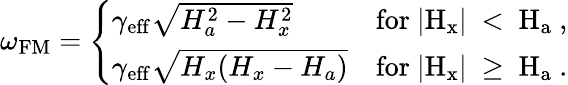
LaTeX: \omega_{\mathrm{FM}}=\left\{ \begin{array}{ll}{\gamma_{\mathrm{eff}}\sqrt{H_{a}^{2}-H_{x}^{2}}}&{\mathrm{for~|{H_x}|~<~H_a~,}}\\ {\gamma_{\mathrm{eff}}\sqrt{H_{x}(H_{x}-H_{a})}}&{\mathrm{for~|{H_x}|~\geq~H_a~.}}\end{array}\right.